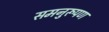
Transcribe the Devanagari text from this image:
समनुरूपण